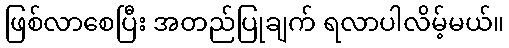
ဖြစ်လာစေပြီး အတည်ပြုချက် ရလာပါလိမ့်မယ်။